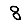
Digit: 8